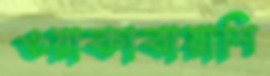
ওয়াকাবায়াশি